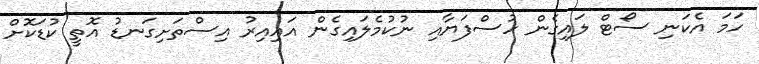
ހަމަ އެކަނި ސޯޓް ލައިގެން ހުސްފަޔާއި ނުކުމެލައިގެން އައިއިރު އިސްތަށިގަނޑު އޮތީ ކުޑަކޮށް